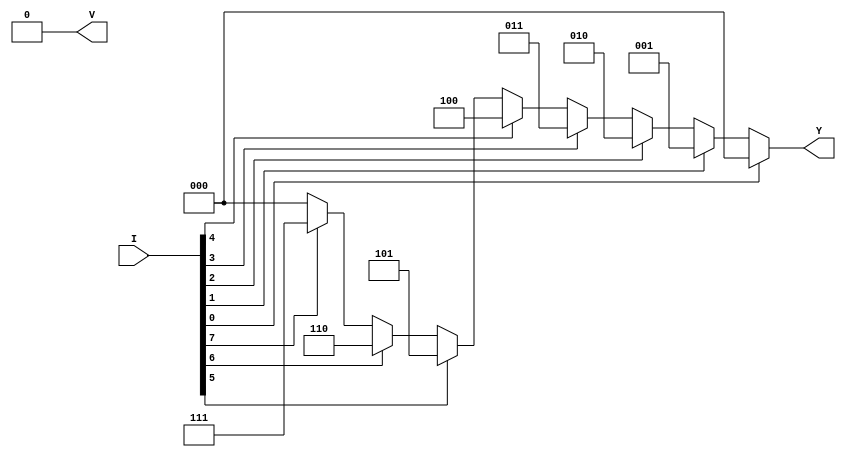
module encode_8_3_priority_bh(Y, V, I);

    input [7:0] I;
    output reg [2:0] Y;
    output reg V;

    always @* begin
        if (I[0]) {V, Y} = 3'b000;
        else if (I[1]) {V, Y} = 3'b001;
        else if (I[2]) {V, Y} = 3'b010;
        else if (I[3]) {V, Y} = 3'b011;
        else if (I[4]) {V, Y} = 3'b100;
        else if (I[5]) {V, Y} = 3'b101;
        else if (I[6]) {V, Y} = 3'b110;
        else if (I[7]) {V, Y} = 3'b111;
        else {V, Y} = 3'b000;
    end

endmodule